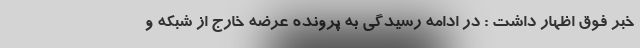
خبر فوق اظهار داشت : در ادامه رسیدگی به پرونده عرضه خارج از شبکه و